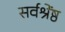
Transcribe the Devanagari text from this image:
सर्वश्रेंष्ठ